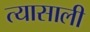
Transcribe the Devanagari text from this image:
त्‍यासाली